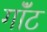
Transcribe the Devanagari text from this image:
गॉंट